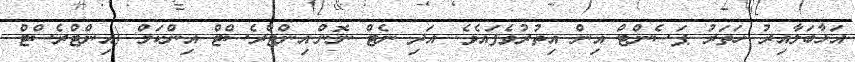
އަޅާބަލާއިރު ހަތަރު ޕަސެންޓް އިން އިތުރުވެފައެވެ. އަދި ނެޓް ނޮން-އިންޓްރެސްޓް އިންކަމް (އިންޓްރެސްޓް